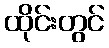
ထိုင်းတွင်